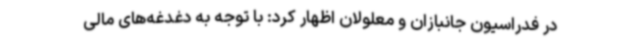
در فدراسیون جانبازان و معلولان اظهار کرد: با توجه به دغدغه‌های مالی